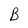
Character: B